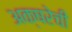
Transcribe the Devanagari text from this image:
अक्षरेची